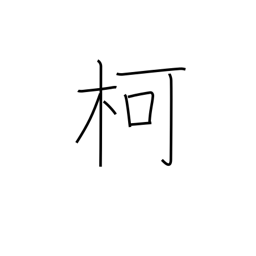
Meaning: handle